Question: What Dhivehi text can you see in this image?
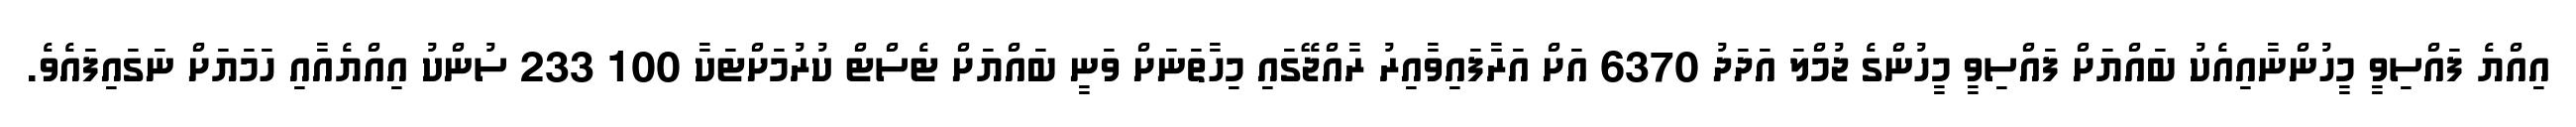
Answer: އިއްޔެ ފައްސިވީ މީހުންނާއިއެކު ބައްޔަށް ފައްސިވީ މީހުންގެ ޖުމްލަ އަދަދު 6370 އަށް އަރާފައިވާއިރު ރާއްޖޭގައި މިހާތަނަށް ވަނީ ބައްޔަށް ޓެސްޓް ކުރުމަށްޓަކާ 100 233 ސުންކު އިއްޔެއާއި ހަމަޔަށް ނަގައިފައެވެ.